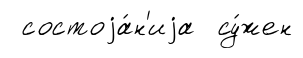
состоjа́н'иjа су́жен